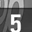
Digit: 5